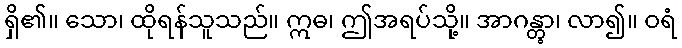
ရှိ၏။ သော၊ ထိုရန်သူသည်။ ဣဓ၊ ဤအရပ်သို့။ အာဂန္တွာ၊ လာ၍။ ဝရံ